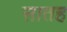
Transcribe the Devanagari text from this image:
सातह